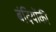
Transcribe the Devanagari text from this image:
बंदियोंकी